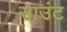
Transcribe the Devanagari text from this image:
साउंट